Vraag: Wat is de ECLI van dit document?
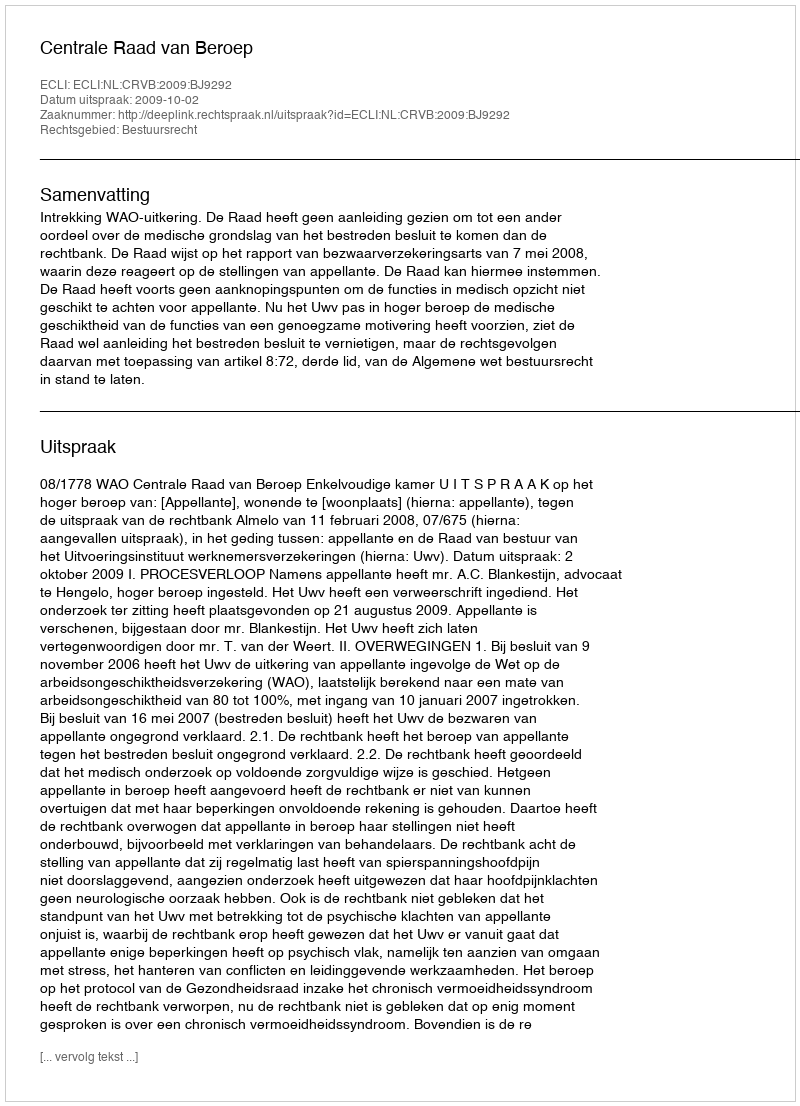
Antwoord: ECLI:NL:CRVB:2009:BJ9292